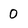
Character: 0